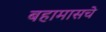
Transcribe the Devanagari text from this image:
बहामासचे